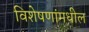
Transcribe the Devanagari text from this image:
विशेषणांमधील